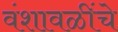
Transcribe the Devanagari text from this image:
वंशावळींचे